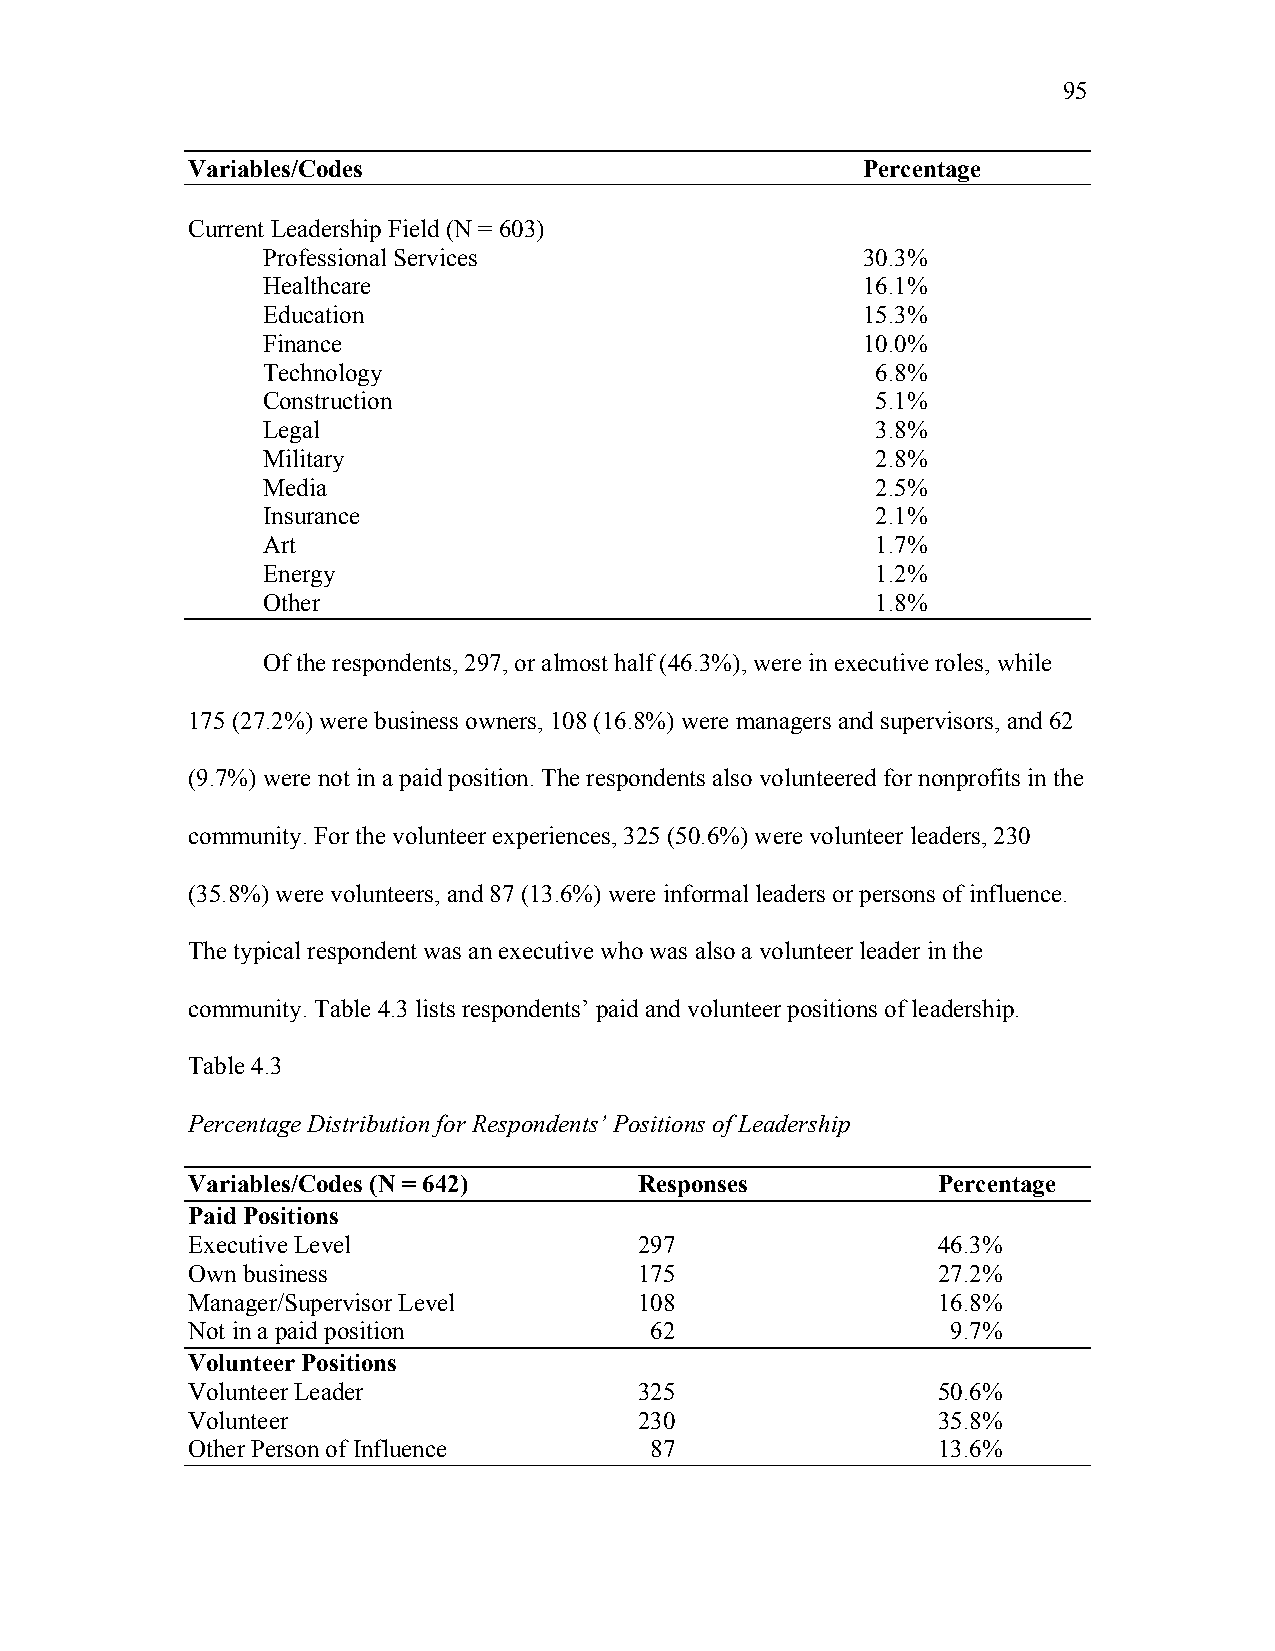
95
 Variables/Codes                              Percentage
 Current Leadership Field (N = 603)
 Professional Services                   30.3%
 Healthcare                              16.1%
 Education                               15.3%
 Finance                                 10.0%
 Technology                               6.8%
 Construction                             5.1%
 Legal                                    3.8%
 Military                                 2.8%
 Media                                    2.5%
 Insurance                                2.1%
 Art                                      1.7%
 Energy                                   1.2%
 Other                                    1.8%
 Of the respondents, 297, or almost half (46.3%), were in executive roles, while
 175 (27.2%) were business owners, 108 (16.8%) were managers and supervisors, and 62
 (9.7%) were not in a paid position. The respondents also volunteered for nonprofits in the
 community. For the volunteer experiences, 325 (50.6%) were volunteer leaders, 230
 (35.8%) were volunteers, and 87 (13.6%) were informal leaders or persons of influence.
 The typical respondent was an executive who was also a volunteer leader in the
 community. Table 4.3 lists respondents’ paid and volunteer positions of leadership.
 Table 4.3
 Percentage Distribution for Respondents’ Positions of Leadership
 Variables/Codes (N = 642)     Responses           Percentage
 Paid Positions
 Executive Level               297                 46.3%
 Own business                  175                 27.2%
 Manager/Supervisor Level      108                 16.8%
 Not in a paid position         62                  9.7%
 Volunteer Positions
 Volunteer Leader              325                 50.6%
 Volunteer                     230                 35.8%
 Other Person of Influence      87                 13.6%